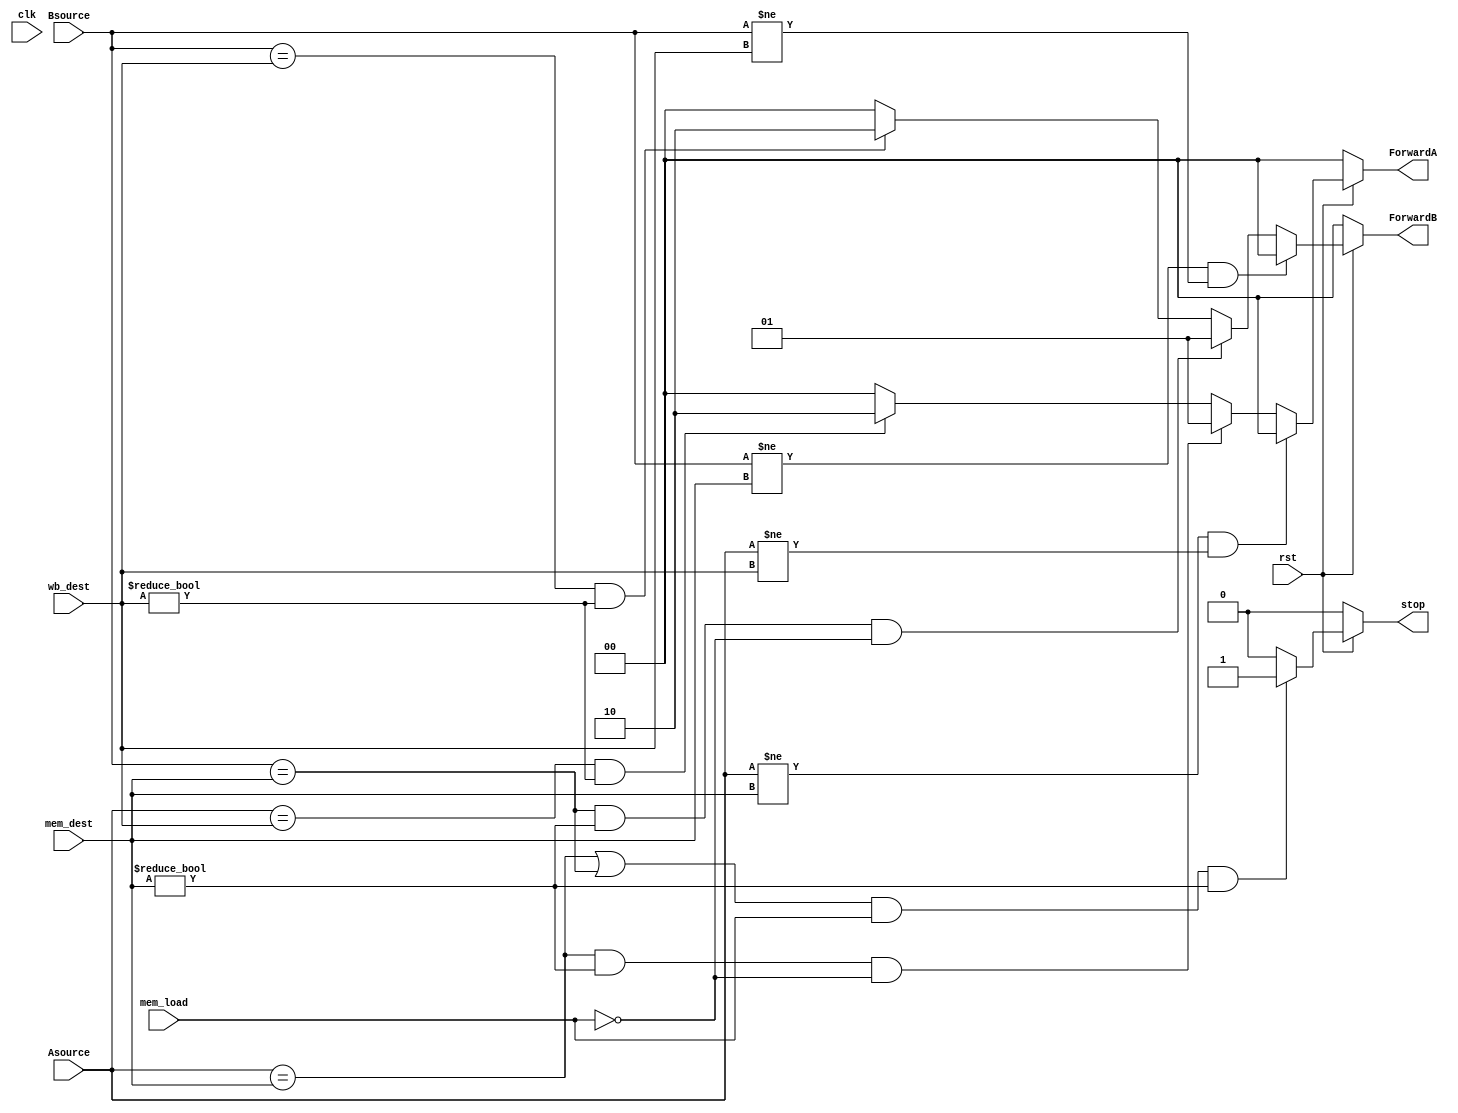
`timescale 1ns / 1ps
//////////////////////////////////////////////////////////////////////////////////
// Company: 
// Engineer: 
// 
// Design Name: 
// Module Name: forward_unit
// Project Name: 
// Target Devices: 
// Tool Versions: 
// Description: 
// 
// Dependencies: 
// 
// Revision:
// Revision 0.01 - File Created
// Additional Comments:
// 
//////////////////////////////////////////////////////////////////////////////////


module forward_unit(
    input wire            rst,
    input wire            clk,
    input wire  [4:0]     Asource,
    input wire  [4:0]     Bsource,
    input wire  [4:0]     mem_dest,
    input wire            mem_load,
    input wire  [4:0]     wb_dest,
        
    output reg    [1:0]   ForwardA,
    output reg    [1:0]   ForwardB,
    output reg            stop
    );
    always @(*)
    begin   
            if(~rst)
                ForwardA = 'd0;
            else if(Asource != mem_dest && Asource != wb_dest)
                ForwardA = 'd0;
            else if(Asource == mem_dest && mem_dest != 'd0 && mem_load == 1'b0 )
                ForwardA = 'd1;
            else if(Asource == wb_dest && wb_dest != 'd0)
                ForwardA = 'd2;
            else
                ForwardA = 'd0;
            
            if(~rst)
                ForwardB = 'd0;
            else if(Bsource != mem_dest && Bsource != wb_dest)
                ForwardB = 'd0;
            else if(Bsource == mem_dest && mem_dest != 'd0 && mem_load == 1'b0 )
                ForwardB = 'd1;
            else if(Bsource == wb_dest && wb_dest != 'd0)
                ForwardB = 'd2;
            else
                ForwardB = 'd0;
                
            
    end
    always@(*)
    //always @(Asource or mem_dest or Bsource )
    begin
            if(~rst)
                    stop = 1'b0;
                else if((Asource == mem_dest || Bsource == mem_dest) && mem_load == 1'b1 && mem_dest != 'd0)
                    stop = 1'b1;
                else
                    stop = 1'b0;
    end
endmodule